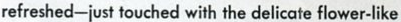
refreshed-just touched with the delicate flower-like